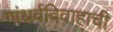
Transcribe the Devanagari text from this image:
गांधर्वविवाहाची